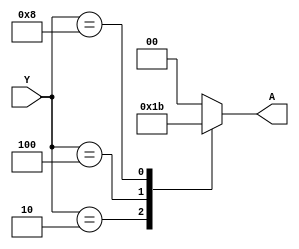
module Encoder2_4(
    input wire [3:0] Y,    
    output reg [1:0] A     
);

always @(*) begin
    case (Y)
        4'b0001: A = 2'b00;
        4'b0010: A = 2'b01; 
        4'b0100: A = 2'b10; 
        4'b1000: A = 2'b11; 
        default: A = 2'b00; 
    endcase
end

endmodule